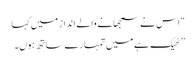
“ اس نے سمجھانے والے انداز میں کہا
” ٹھیک ہے میں تمہارے ساتھ ہوں۔